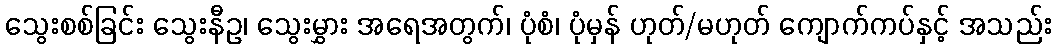
သွေးစစ်ခြင်း သွေးနီဥ၊ သွေးမွှား အရေအတွက်၊ ပုံစံ၊ ပုံမှန် ဟုတ်/မဟုတ် ကျောက်ကပ်နှင့် အသည်း